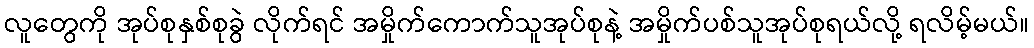
လူတွေကို အုပ်စုနှစ်စုခွဲ လိုက်ရင် အမှိုက်ကောက်သူအုပ်စုနဲ့ အမှိုက်ပစ်သူအုပ်စုရယ်လို့ ရလိမ့်မယ်။